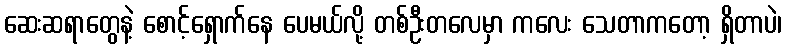
ဆေးဆရာတွေနဲ့ စောင့်ရှောက်နေ ပေမယ်လို့ တစ်ဦးတလေမှာ ကလေး သေတာကတော့ ရှိတာပဲ၊